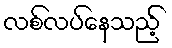
လစ်လပ်နေသည့်